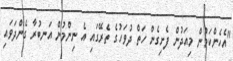
"އެހެންކަމުން މިއަދުން ފެށިގެން ހަތް ދުވަހުގެ ތެރޭގައި އެ ނިންމުން އަނބުރާ ގެންދަވައި